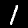
Digit: 1